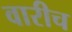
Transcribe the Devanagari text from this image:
वारीच